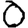
Digit: 0